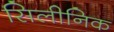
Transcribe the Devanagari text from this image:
सिलीनिक